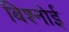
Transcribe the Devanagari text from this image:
बिश्‍नोई